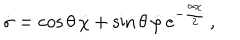
\dot { \sigma } = \cos \theta \, \dot { \chi } + \sin \theta \, \dot { \varphi } \, e ^ { - \frac { \alpha \chi } { 2 } } \, ,